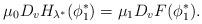
LaTeX: \begin{align*}\mu_0D_v H_{\lambda^*}(\phi^*_1)=\mu_1 D_v F(\phi^*_1). \end{align*}